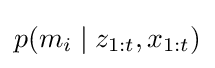
p(m_{i}\mid z_{1:t},x_{1:t})